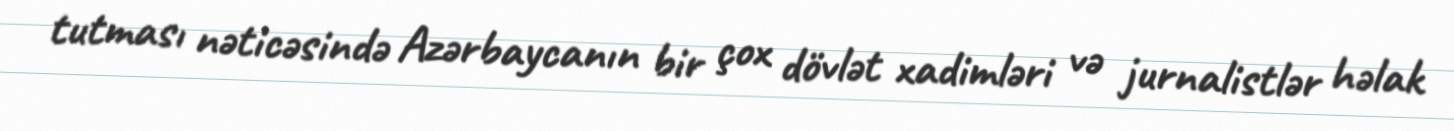
tutması nəticəsində Azərbaycanın bir çox dövlət xadimləri və jurnalistlər həlak